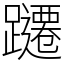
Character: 躚